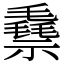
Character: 䄟